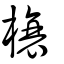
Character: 榱